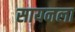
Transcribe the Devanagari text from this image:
सायनला